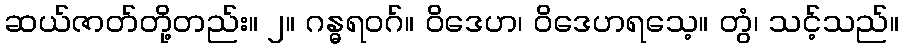
ဆယ်ဇာတ်တို့တည်း။ ၂။ ဂန္ဓရဝဂ်။ ဝိဒေဟ၊ ဝိဒေဟရသေ့။ တွံ၊ သင့်သည်။